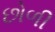
છોળી